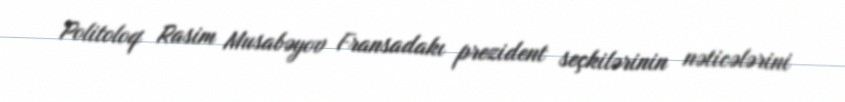
Politoloq Rasim Musabəyov Fransadakı prezident seçkilərinin nəticələrini